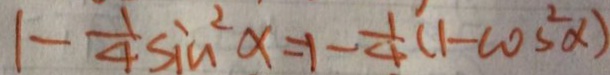
1 - \frac { 1 } { 4 } \sin ^ { 2 } \alpha = 1 - \frac { 1 } { 4 } ( 1 - \cos ^ { 2 } \alpha )